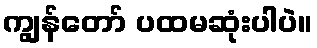
ကျွန်တော် ပထမဆုံးပါပဲ။